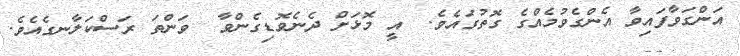
އަންގަވާފައިވާ އެންގެވުމެއްގެ ގޮތުގައެވެ.  އީ މޮޅަށް ދެނެވޮޑިގެންވާ  ވަންތަ ރަސްކަލާނގެއެވެ.